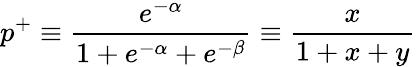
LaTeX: p^{+}\equiv\frac{e^{-\alpha}}{1+e^{-\alpha}+e^{-\beta}}\equiv\frac{x}{1+x+y}